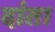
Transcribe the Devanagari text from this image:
दांत।